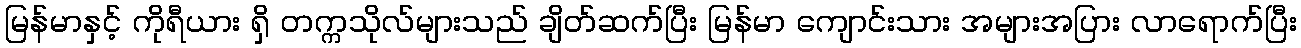
မြန်မာနှင့် ကိုရီယား ရှိ တက္ကသိုလ်များသည် ချိတ်ဆက်ပြီး မြန်မာ ကျောင်းသား အများအပြား လာရောက်ပြီး